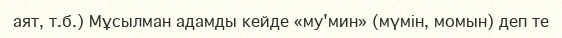
аят, т.б.) Мұсылман адамды кейде «му'мин» (мүмін, момын) деп те